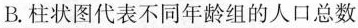
B.柱状图代表不同年龄组的人口总数